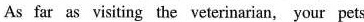
As far as visiting the veterinarian, your pets